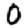
Digit: 0